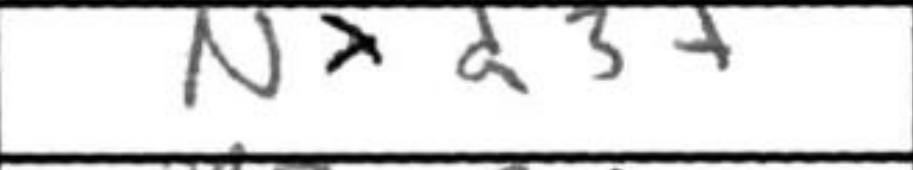
Transcription: Nxd3+